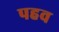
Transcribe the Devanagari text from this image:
पहव